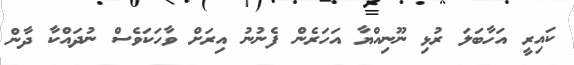
ކައިރީ އަހާބަލަ ރުޅި ނޫނިއްޔާ އަހަރެން ފެނުނު އިރަށް ވާހަކަވެސް ނުދައްކާ ދާން